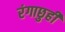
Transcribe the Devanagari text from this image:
रंगाछुही